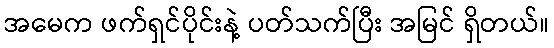
အမေက ဖက်ရှင်ပိုင်းနဲ့ ပတ်သက်ပြီး အမြင် ရှိတယ်။